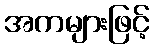
အကများဖြင့်